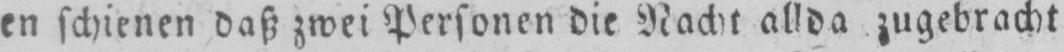
en schienen daß zwei Personen die Nacht allda zugebracht